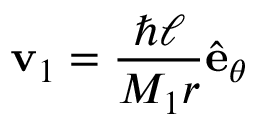
\mathbf { v } _ { 1 } = \frac { \hbar \ell } { M _ { 1 } r } \hat { \mathbf { e } } _ { \theta }